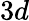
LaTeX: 3d